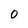
Character: O